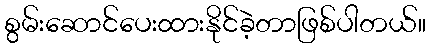
စွမ်းဆောင်ပေးထားနိုင်ခဲ့တာဖြစ်ပါတယ်။